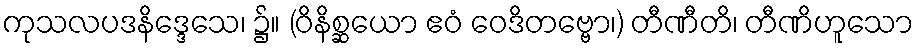
ကုသလပဒနိဒ္ဒေသေ၊ ၌။ (ဝိနိစ္ဆယော ဧဝံ ဝေဒိတဗ္ဗော၊) တီဏီတိ၊ တီဏိဟူသော